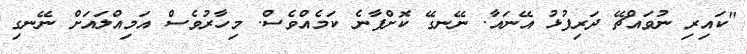
"ކައިރި ނުވައްޗޭ ދަރިފުޅު އޭނައާ. ނޭނގޭ ކޮށްފާނެ ކަމެއްވެސް. މިހާރުވެސް އަމިއްލައަށް ނޭނގި